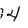
Character: 4